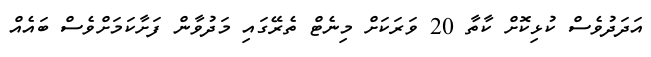
އަދަދުވެސް ކުޅިކޮށް ކާތާ 20 ވަރަކަށް މިނެޓް ތެރޭގައި މަދުވާން ފަށާކަމަށްވެސް ބައެއް